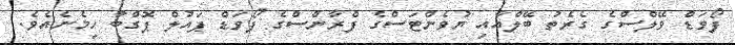
ފޯވަޑް ވޭލްސްގެ ގެރެތު ބޭލްއާއި ޔުވެންޓަސްގެ ފްރާންސްގެ ފޯވަޑް ޕައުލް ޕޮގްބާ ހިމެނެއެވެ.